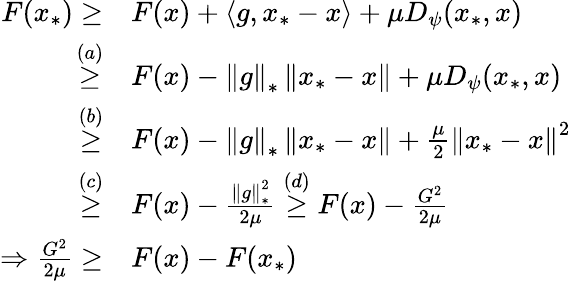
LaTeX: \begin{array}{rl}{F(x_{*})\geq}&{F(x)+\langle g,x_{*}-x\rangle+\mu D_{\psi}(x_{*},x)}\\ {\overset{(a)}{\geq}}&{F(x)-\left\Vert g\right\Vert_{*}\left\Vert x_{*}-x\right\Vert+\mu D_{\psi}(x_{*},x)}\\ {\overset{(b)}{\geq}}&{F(x)-\left\Vert g\right\Vert_{*}\left\Vert x_{*}-x\right\Vert+\frac{\mu}{2}\left\Vert x_{*}-x\right\Vert^{2}}\\ {\overset{(c)}{\geq}}&{F(x)-\frac{\left\Vert g\right\Vert_{*}^{2}}{2\mu}\overset{(d)}{\geq}F(x)-\frac{G^{2}}{2\mu}}\\ {\Rightarrow\frac{G^{2}}{2\mu}\geq}&{F(x)-F(x_{*})}\end{array}